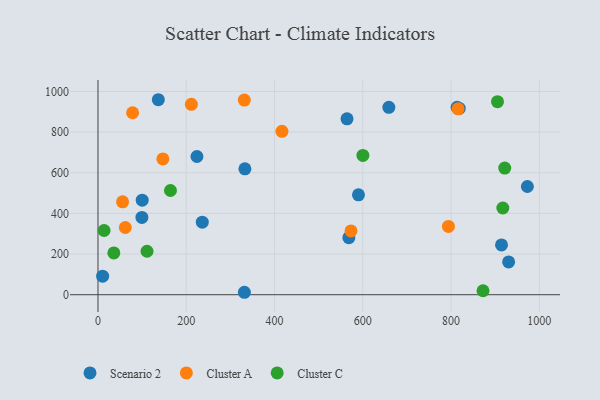
{"axis": {"x": "Speed", "y": "Sales"}, "legend": ["Cluster A", "Cluster C", "Scenario 2"], "data": [{"x": "813.7", "y": 921.7, "type": "Scenario 2"}, {"x": "930.4", "y": 161.4, "type": "Scenario 2"}, {"x": "332.9", "y": 619.2, "type": "Scenario 2"}, {"x": "590.2", "y": 491.5, "type": "Scenario 2"}, {"x": "659.0", "y": 922.1, "type": "Scenario 2"}, {"x": "10.5", "y": 91.4, "type": "Scenario 2"}, {"x": "914.3", "y": 244.9, "type": "Scenario 2"}, {"x": "818.6", "y": 916.7, "type": "Scenario 2"}, {"x": "236.3", "y": 356.7, "type": "Scenario 2"}, {"x": "972.9", "y": 532.5, "type": "Scenario 2"}, {"x": "224.2", "y": 679.9, "type": "Scenario 2"}, {"x": "99.5", "y": 380.2, "type": "Scenario 2"}, {"x": "100.2", "y": 465.1, "type": "Scenario 2"}, {"x": "136.7", "y": 959.3, "type": "Scenario 2"}, {"x": "331.7", "y": 12.0, "type": "Scenario 2"}, {"x": "564.2", "y": 865.1, "type": "Scenario 2"}, {"x": "568.4", "y": 280.5, "type": "Scenario 2"}, {"x": "794.0", "y": 336.2, "type": "Cluster A"}, {"x": "78.4", "y": 895.2, "type": "Cluster A"}, {"x": "211.6", "y": 936.6, "type": "Cluster A"}, {"x": "573.3", "y": 313.7, "type": "Cluster A"}, {"x": "815.8", "y": 914.4, "type": "Cluster A"}, {"x": "416.8", "y": 803.8, "type": "Cluster A"}, {"x": "55.7", "y": 456.9, "type": "Cluster A"}, {"x": "147.0", "y": 668.0, "type": "Cluster A"}, {"x": "331.5", "y": 957.6, "type": "Cluster A"}, {"x": "61.9", "y": 330.7, "type": "Cluster A"}, {"x": "35.9", "y": 205.6, "type": "Cluster C"}, {"x": "917.3", "y": 426.5, "type": "Cluster C"}, {"x": "905.2", "y": 949.9, "type": "Cluster C"}, {"x": "872.4", "y": 19.5, "type": "Cluster C"}, {"x": "13.8", "y": 315.8, "type": "Cluster C"}, {"x": "921.6", "y": 622.9, "type": "Cluster C"}, {"x": "164.2", "y": 512.7, "type": "Cluster C"}, {"x": "111.1", "y": 213.9, "type": "Cluster C"}, {"x": "600.2", "y": 685.4, "type": "Cluster C"}]}